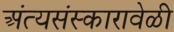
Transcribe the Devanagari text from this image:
अंत्यसंस्कारावेळी